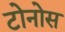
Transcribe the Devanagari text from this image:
टोनोस